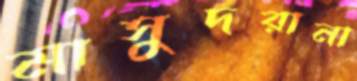
মাসুদরানা